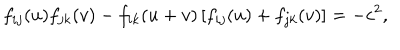
f _ { i j } ( u ) f _ { j k } ( v ) - f _ { i k } ( u + v ) \left[ f _ { i j } ( u ) + f _ { j k } ( v ) \right] = - c ^ { 2 } ,